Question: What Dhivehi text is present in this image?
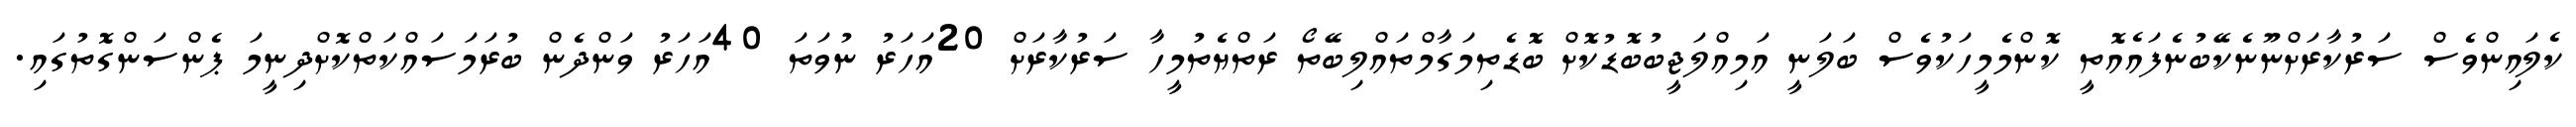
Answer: ކެލައިންވެސް ސަރުކާރަށްނޫނެކޭބުނެފައެއޮތީ ކޮންމެމީހަކުވެސް ބަލަނީ އަމިއްލަޖީބުބޮޑުކޮށް ބޮޑެތިމަގާމްތައްލިބޭތޯ ރަތްޔެތުމީހާ ސަރުކާރަށް 20އަހަރު ނުވަތަ 40އަހަރު ވަންދެން ބުރަމަސައްކަތްކޮށްދިނީމަ ޕެންސަންގޮތުގައި.